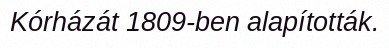
Kórházát 1809-ben alapították.